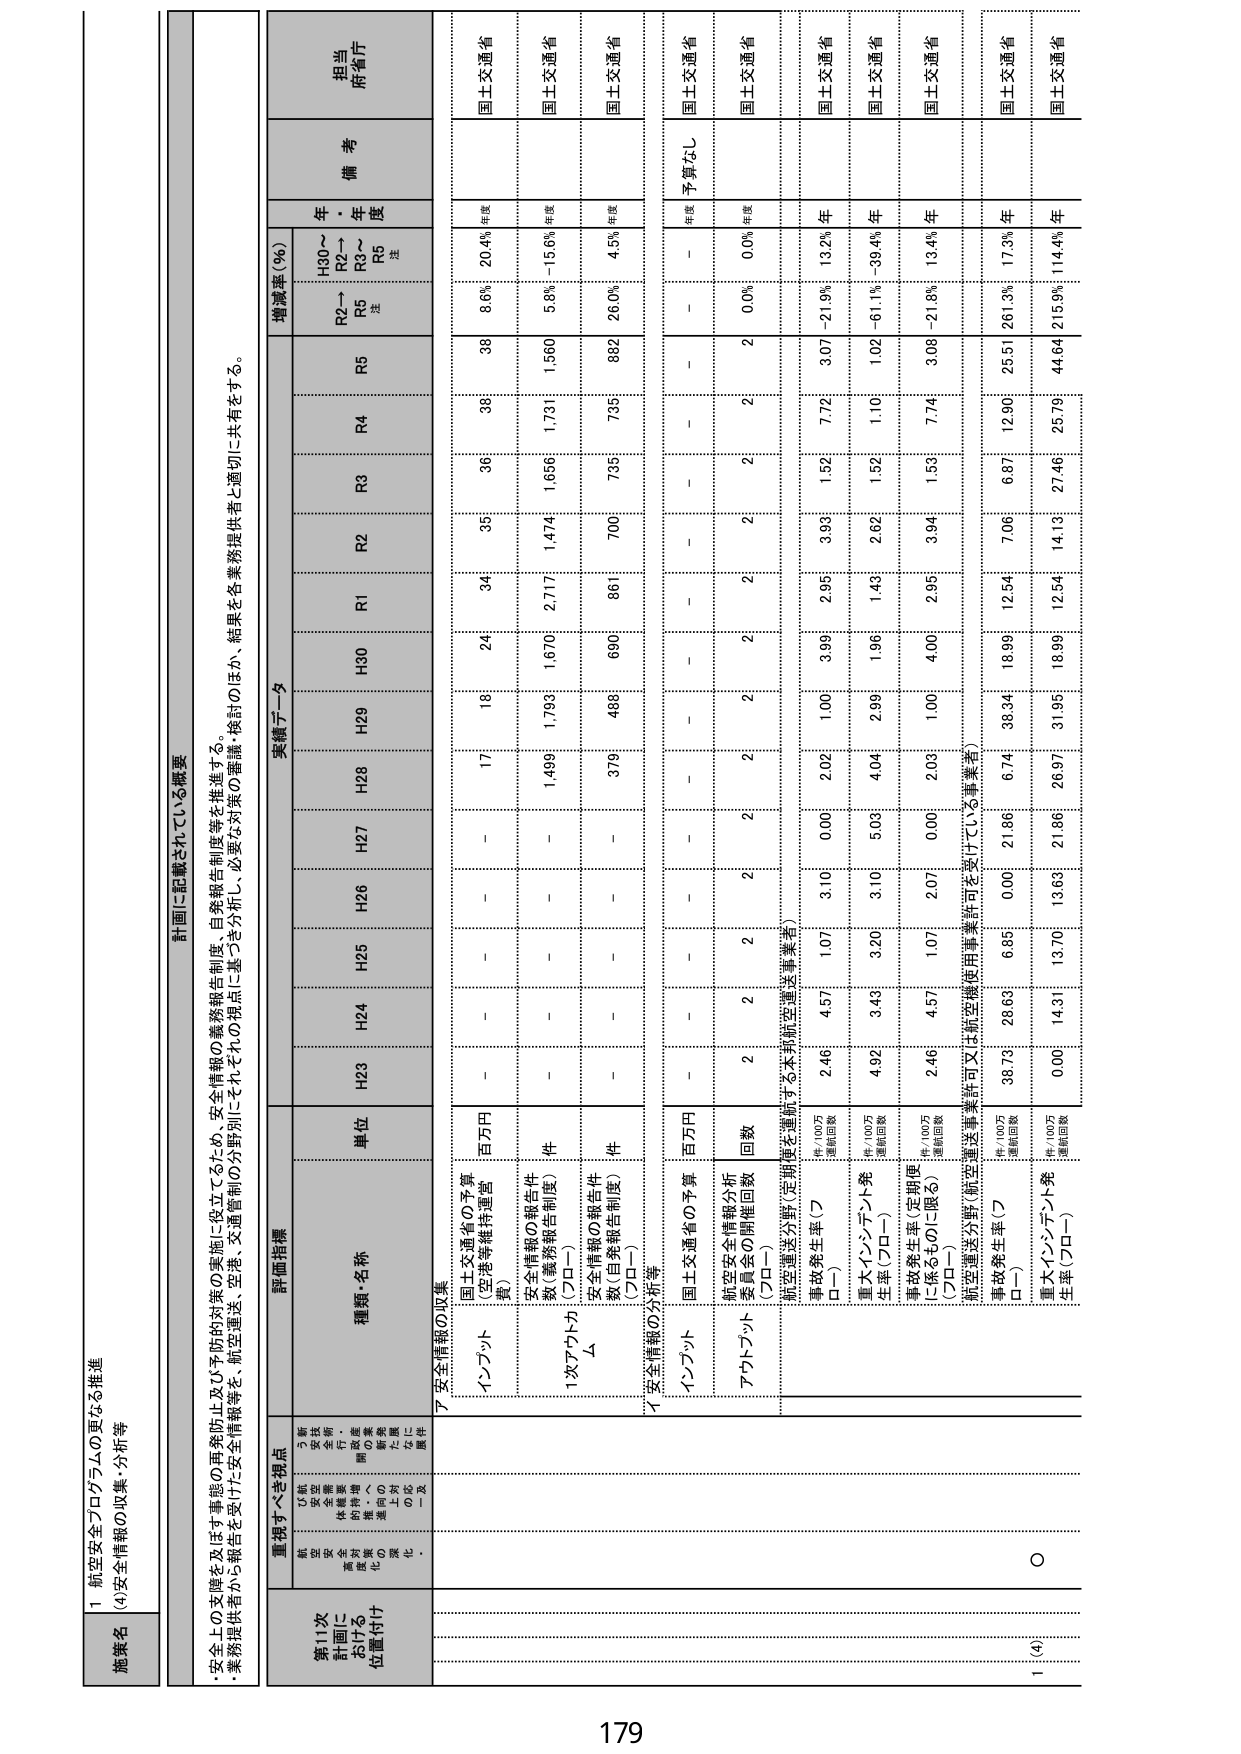
1 航空安全プログラムの更なる推進
(4)安全情報の収集・分析等

施策名

計画に記載されている概要
・安全上の支障を及ぼす事態の再発防止及び予防的対策の実施に役立てるため、安全情報の義務報告制度、目録報告制度等を推進する。
・業務提供者から報告を受けた安全情報等を、航空運送、空港、交通管制の分野別にそれぞれの視点に基づき分析し、必要な対策の審議・検討のほか、結果を各業務提供者と適切に共有をする。

重視すべき視点
航空安全の確保・強化
安全対策の体系的・継続的推進
安全情報の収集・分析・共有の充実
事故・事件の再発防止・未然防止のための対策の強化

第11次
計画に
おける
位置付け

評価指標
実績データ
増減率（％）
備考
担当
府省庁

種類・名称
単位
H23
H24
H25
H26
H27
H28
H29
H30
R1
R2
R3
R4
R5
R2→R5
注
H30～R2→R5
注
年
度

ア 安全情報の収集
インプット
国土交通省の予算（空港等維持運営費）
百万円
－
－
－
－
－
17
18
24
34
35
36
38
38
8.6%
20.4%
年度
国土交通省

安全情報の報告件数（義務報告制度）（プロ－）
件
－
－
－
－
－
1,499
1,793
1,670
2,717
1,474
1,656
1,731
1,560
5.8%
-15.6%
年度
国土交通省

1次アウトプット
Δ
安全情報の報告件数（目録報告制度）（プロ－）
件
－
－
－
－
－
379
488
690
861
700
735
735
882
26.0%
4.5%
年度
国土交通省

イ 安全情報の分析等
インプット
国土交通省の予算
百万円
－
－
－
－
－
－
－
－
－
－
－
－
－
－
－
年度
予算なし
国土交通省

アウトプット
航空安全情報分析委員会の開催回数（プロ－）
回数
2
2
2
2
2
2
2
2
2
2
2
2
2
0.0%
0.0%
回数
国土交通省

航空運送分野（定期便を運航する本邦航空運送事業者）
事故発生率（プロ－）
件／100万運航回数
2.46
4.57
1.07
3.10
0.00
2.02
1.00
3.99
2.95
3.93
1.52
7.72
3.07
-21.9%
13.2%
年
国土交通省

重大インシデント発生率（プロ－）
件／100万運航回数
4.92
3.43
3.20
3.10
5.03
4.04
2.96
1.43
2.62
1.52
1.10
1.02
-61.1%
-39.4%
年
国土交通省

事故発生率（定期便に係るものに限る）（プロ－）
件／100万運航回数
2.46
4.57
1.07
2.07
0.00
2.03
1.00
4.00
2.95
3.94
1.53
7.74
3.08
-21.8%
13.4%
年
国土交通省

航空運送分野（航空運送事業許可又は航空機使用事業許可を受けている事業者）
事故発生率（プロ－）
件／100万運航回数
38.79
28.63
6.85
0.00
21.98
6.74
38.34
18.99
12.54
7.06
6.87
12.90
25.51
261.3%
17.3%
年
国土交通省

重大インシデント発生率（プロ－）
件／100万運航回数
0.00
14.31
13.70
13.63
21.98
26.07
31.95
18.99
12.54
14.13
27.46
25.79
44.64
215.9%
114.4%
年
国土交通省

1 (4)
○

179